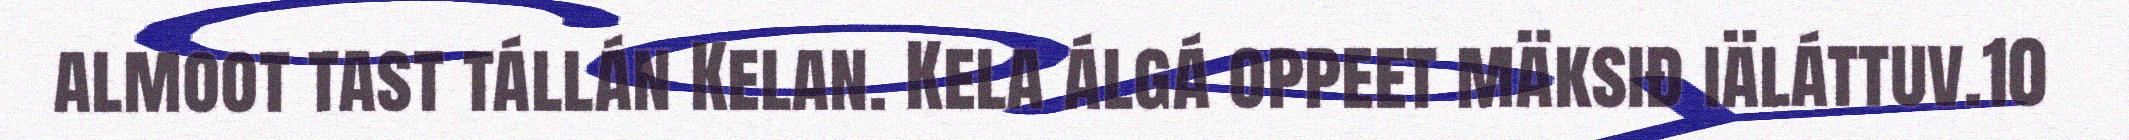
almoot tast tállán Kelan. Kela álgá oppeet mäksiđ iäláttuv.10